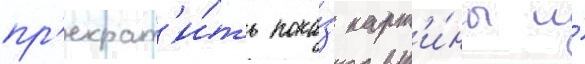
пр'екрат'и́ть пока́з карт'и́ны и́